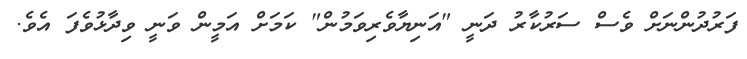
ފަރުދުންނަށް ވެސް ސަރުކާރު ދަނީ "އަނިޔާވެރިވަމުން" ކަމަށް އަމީން ވަނީ ވިދާޅުވެފަ އެވެ.